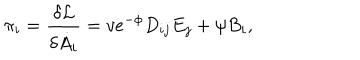
LaTeX: \pi _ { i } = \frac { \delta { \cal L } } { \delta \dot { A } _ { i } } = v e ^ { - \phi } D _ { i j } E _ { j } + \psi B _ { i } ,